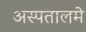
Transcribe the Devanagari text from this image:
अस्पतालमे